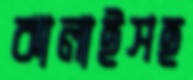
ঝালাইসহ